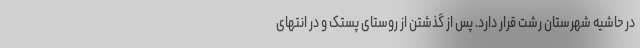
در حاشیه شهرستان رشت قرار دارد. پس از گذشتن از روستای پستک و در انتهای